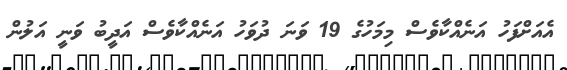
އެއަށްފަހު އަނެއްކާވެސް މިމަހުގެ 19 ވަނަ ދުވަހު އަނެއްކާވެސް އަދީބު ވަނީ އަލުން